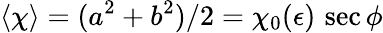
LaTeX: \langle\chi\rangle=(a^{2}+b^{2})/2=\chi_{0}(\epsilon)\, \sec\phi